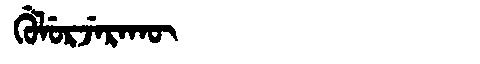
Manchu: ᡤᡠᠯᡠᡵᠵᡝᡵᠠᡴᡡ
Romanization: GULURJERAKŪ